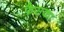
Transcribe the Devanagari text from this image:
फैसका